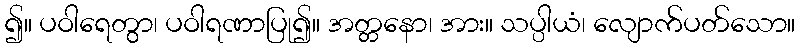
၍။ ပဝါရေတွာ၊ ပဝါရဏာပြု၍။ အတ္တနော၊ အား။ သပ္ပါယံ၊ လျောက်ပတ်သော။